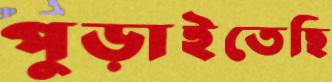
পুড়াইতেছি